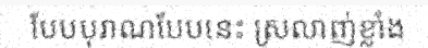
បែបបុរាណបែបនេះ ស្រលាញ់ខ្លាំង